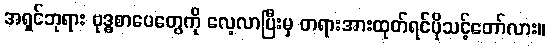
အရှင်ဘုရား ဗုဒ္ဓစာပေတွေကို လေ့လာပြီးမှ တရားအားထုတ်ရင်ပိုသင့်တော်လား။